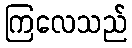
ကြလေသည်